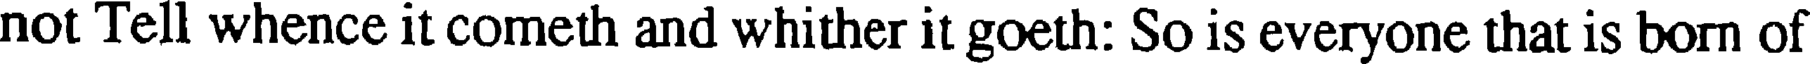
not Tell whence it cometh and whither it goeth: So is everyone that is born of